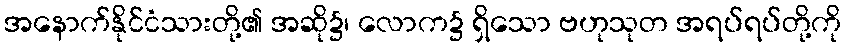
အနောက်နိုင်ငံသားတို့၏ အဆို၌၊ လောက၌ ရှိသော ဗဟုသုတ အရပ်ရပ်တို့ကို